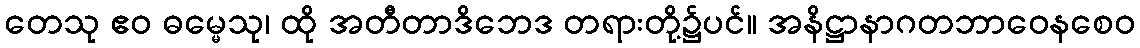
တေသု ဧဝ ဓမ္မေသု၊ ထို အတီတာဒိဘေဒ တရားတို့၌ပင်။ အနိဋ္ဌာနာဂတဘာဝေနစေဝ